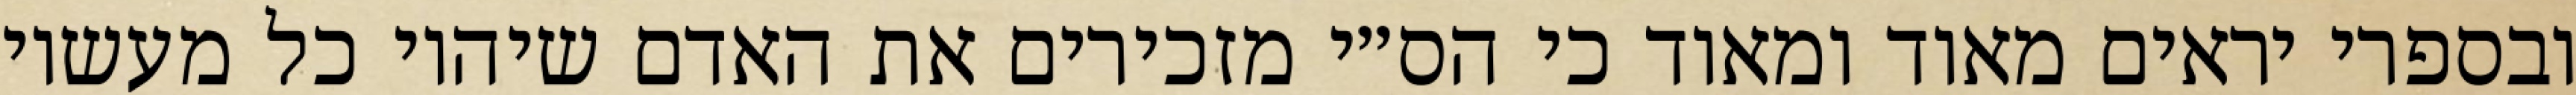
ובספרי יראים מאוד ומאוד כי הס״י מזכירים את האדם שיהיו כל מעשיו